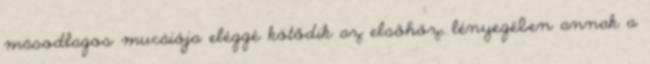
másodlagos mucáiója eléggé kötődik az elsőhöz, lényegében annak a